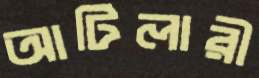
আটিলারী